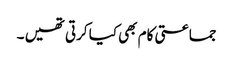
جماعتی کام بھی کیا کرتی تھیں ۔